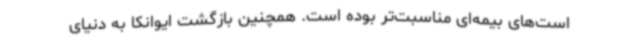
است‌های بیمه‌ای مناسبت‌تر بوده است. همچنین بازگشت ایوانکا به دنیای